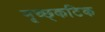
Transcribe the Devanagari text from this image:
मृच्छ्कटिक